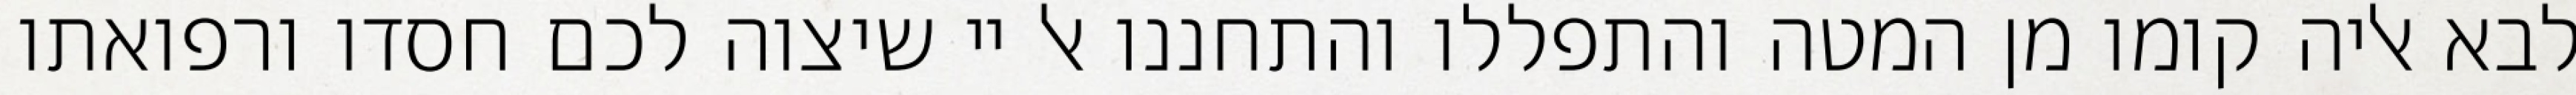
לבא אליה קומו מן המטה והתפללו והתחננו אל יי שיצוה לכם חסדו ורפואתו